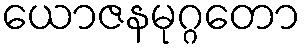
ယောဇနမုဂ္ဂတော